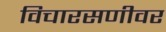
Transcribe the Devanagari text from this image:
विचारसणीवर